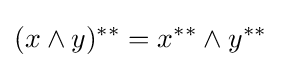
(x\wedge y)^{**}=x^{**}\wedge y^{**}